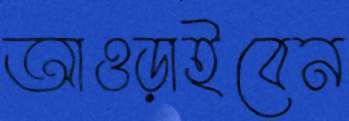
আওড়াইবেন